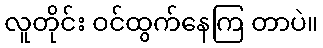
လူတိုင်း ဝင်ထွက်နေကြ တာပဲ။